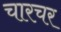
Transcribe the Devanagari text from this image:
चारचर